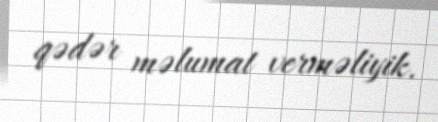
qədər məlumat verməliyik.